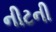
નીટની